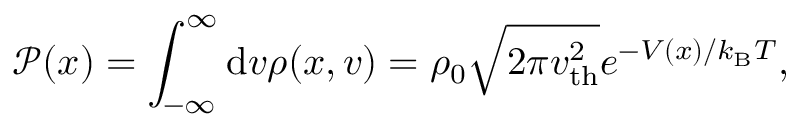
\mathcal { P } ( x ) = \int _ { - \infty } ^ { \infty } \mathrm { d } v \rho ( x , v ) = \rho _ { 0 } \sqrt { 2 \pi v _ { \mathrm { t h } } ^ { 2 } } e ^ { - V ( x ) / k _ { \mathrm { B } } T } ,